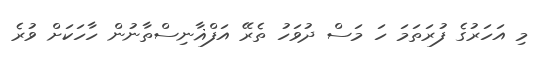
މި އަހަރުގެ ފުރަތަމަ ހަ މަސް ދުވަހު ތެރޭ އަފްޣާނިސްތާނުން ހާހަކަށް ވުރެ